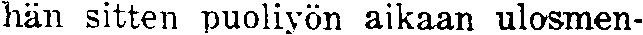
hän sitten puoliyön aikaan ulosmen-